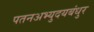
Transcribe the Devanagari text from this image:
पतनअभ्युदयबंधुर